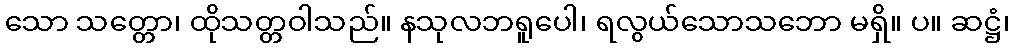
သော သတ္တော၊ ထိုသတ္တဝါသည်။ နသုလဘရူပေါ၊ ရလွယ်သောသဘော မရှိ။ ပ။ ဆဋ္ဌံ၊